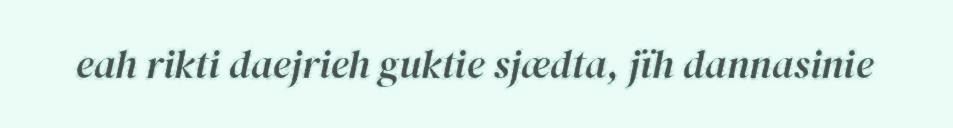
eah rikti daejrieh guktie sjædta, jïh dannasinie